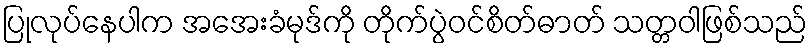
ပြုလုပ်နေပါက အအေးခံမုဒ်ကို တိုက်ပွဲဝင်စိတ်ဓာတ် သတ္တဝါဖြစ်သည်